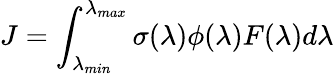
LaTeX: J=\int_{\lambda_{min}}^{\lambda_{max}}\sigma(\lambda)\phi(\lambda)F(\lambda)d\lambda